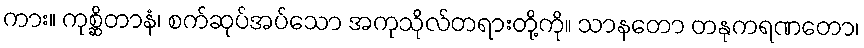
ကား။ ကုစ္ဆိတာနံ၊ စက်ဆုပ်အပ်သော အကုသိုလ်တရားတို့ကို။ သာနတော တနုကရဏတော၊